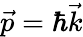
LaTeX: {\vec{p}=\hbar\vec{k}}